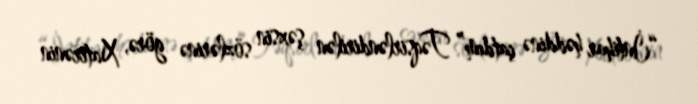
“İntihar həddinə çatdım” Təqsirləndirilən şəxsin sözlərinə görə, Xatirənin